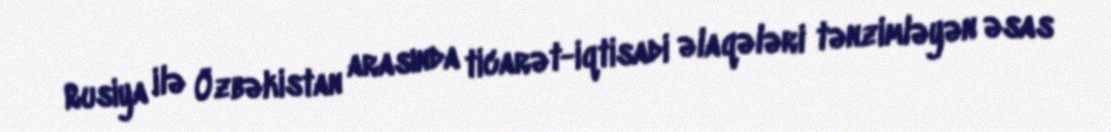
Rusiya ilə Özbəkistan arasında ticarət-iqtisadi əlaqələri tənzimləyən əsas